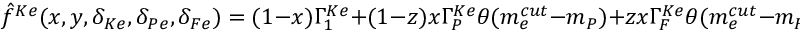
\hat { f } ^ { K e } ( x , y , \delta _ { K e } , \delta _ { P e } , \delta _ { F e } ) = ( 1 - x ) \Gamma _ { 1 } ^ { K e } + ( 1 - z ) x \Gamma _ { P } ^ { K e } \theta ( m _ { e } ^ { c u t } - m _ { P } ) + z x \Gamma _ { F } ^ { K e } \theta ( m _ { e } ^ { c u t } - m _ { F } ) ,